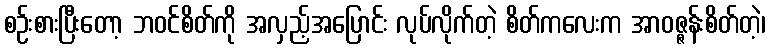
စဉ်းစားပြီးတော့ ဘဝင်စိတ်ကို အလှည့်အပြောင်း လုပ်လိုက်တဲ့ စိတ်ကလေးက အာဝဇ္ဇန်းစိတ်တဲ့၊